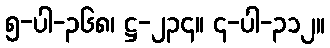
၅-ပါ-၃၆၈၊ ဋ္ဌ-၂၃၄။ ၄-ပါ-၃၁၂။